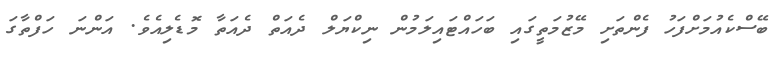
ބޭސްކެއުމަށްފަހު ފެންތަށި މޭޒުމަތީގައި ބަހައްޓައިލަމުން ނިކްޔަލް ދެއަތް ދެއަތާ މޮޑެލިއެވެ. އަންނަ ހަފްތާގަ